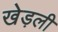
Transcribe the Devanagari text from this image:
खेड़ली